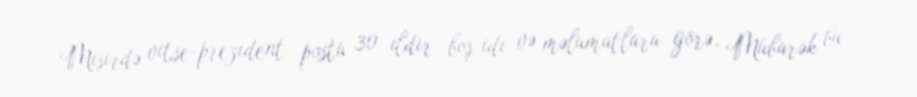
Misirdə vitse-prezident postu 30 ildir boş idi və məlumatlara görə, Mübarək bu